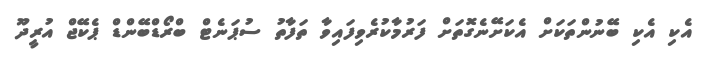
އެކި އެކި ބޭނުންތަކަށް އެކަށޭނެގޮތަށް ފަރުމާކުރެވިފައިވާ ތަފާތު ސުޕަނެޓް ބްރޯޑްބޭންޑް ޕެކޭޖް އުރީދޫ